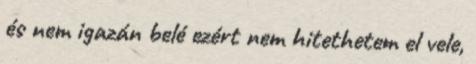
és nem igazán belé ezért nem hitethetem el vele,